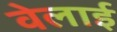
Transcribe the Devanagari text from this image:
वेलाई